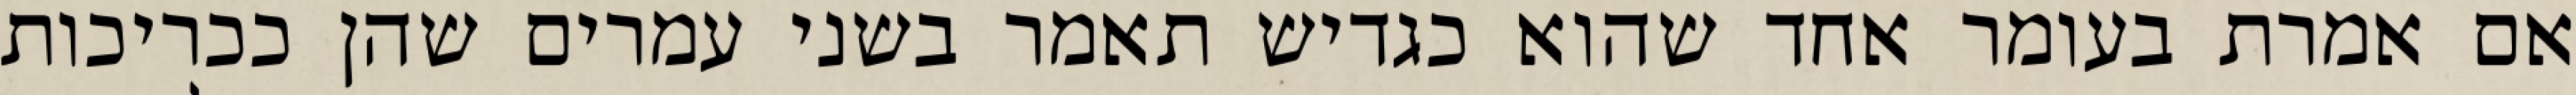
אם אמרת בעומר אחד שהוא כגדיש תאמר בשני עמרים שהן ככריכות